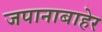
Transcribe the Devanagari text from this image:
जपानाबाहेर